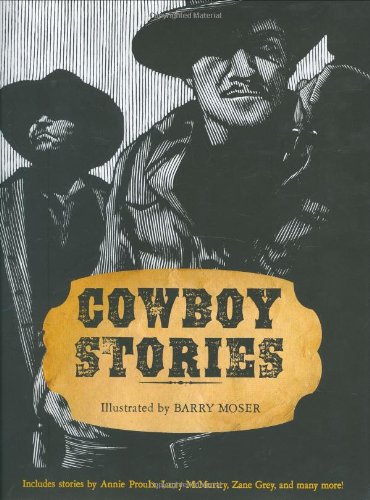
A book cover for Cowboy Stories; Teen & Young Adult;